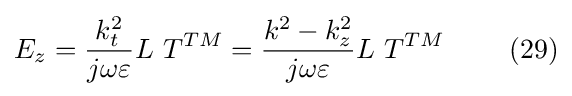
E_{z}={\frac {k_{t}^{2}}{j\omega \varepsilon }}L\ T^{TM}={\frac {k^{2}-k_{z}^{2}}{j\omega \varepsilon }}L\ T^{TM}\ \ \ \ \ \ \ (29)